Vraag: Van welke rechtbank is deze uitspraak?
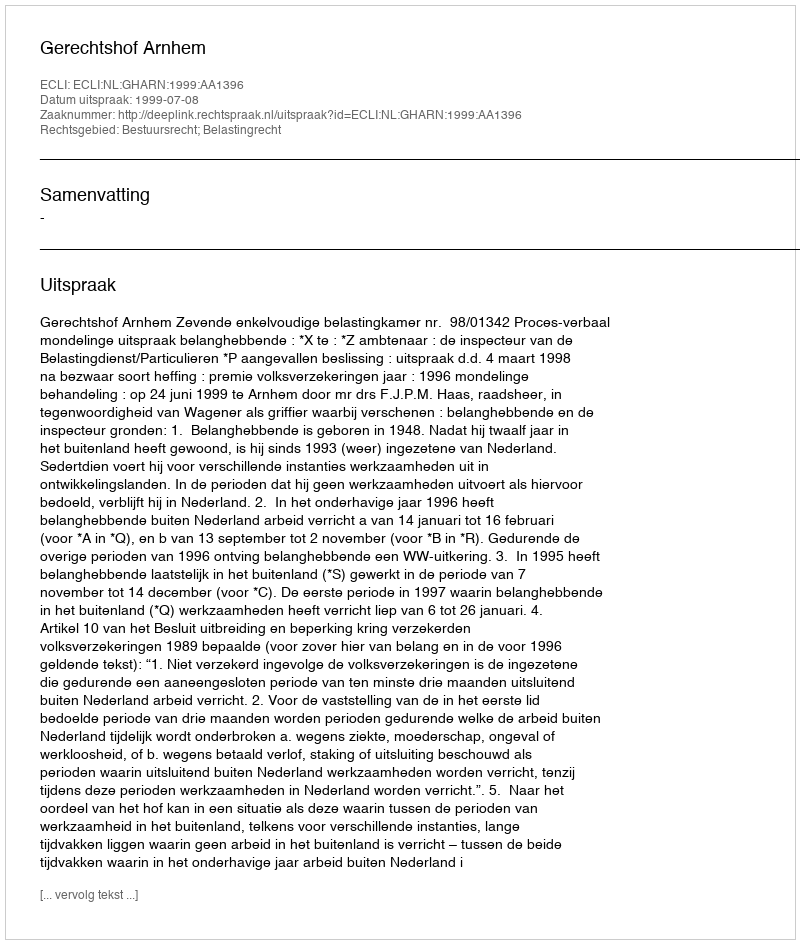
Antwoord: Gerechtshof Arnhem